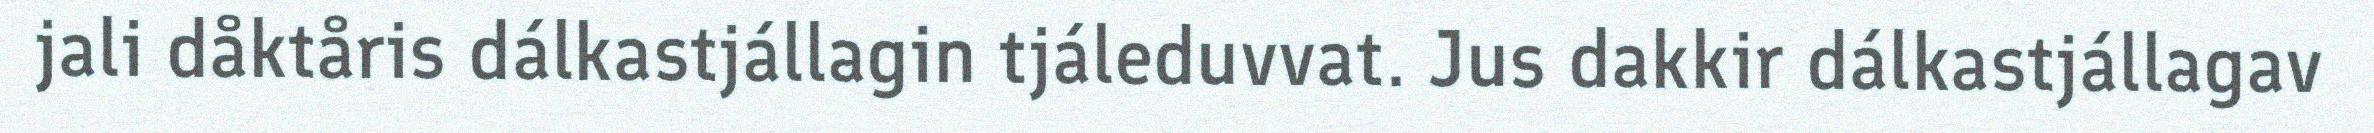
jali dåktåris dálkastjállagin tjáleduvvat. Jus dakkir dálkastjállagav